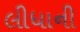
લીધાની